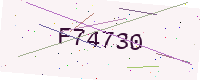
Text: F74730